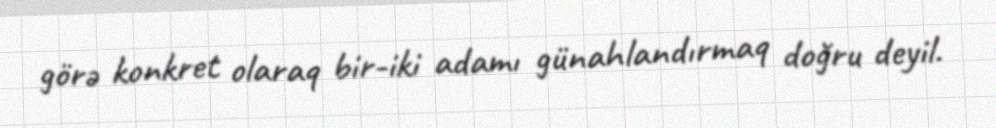
görə konkret olaraq bir-iki adamı günahlandırmaq doğru deyil.